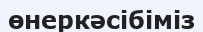
өнеркәсібіміз